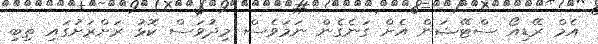
އެމް ރޭޑިއޯ ސްޓޭޝަން އެށް ގަނެގެން ނަމަވެސް މިދުވަސް ކޮޅު ރަށްރަށުގައި ތިބި